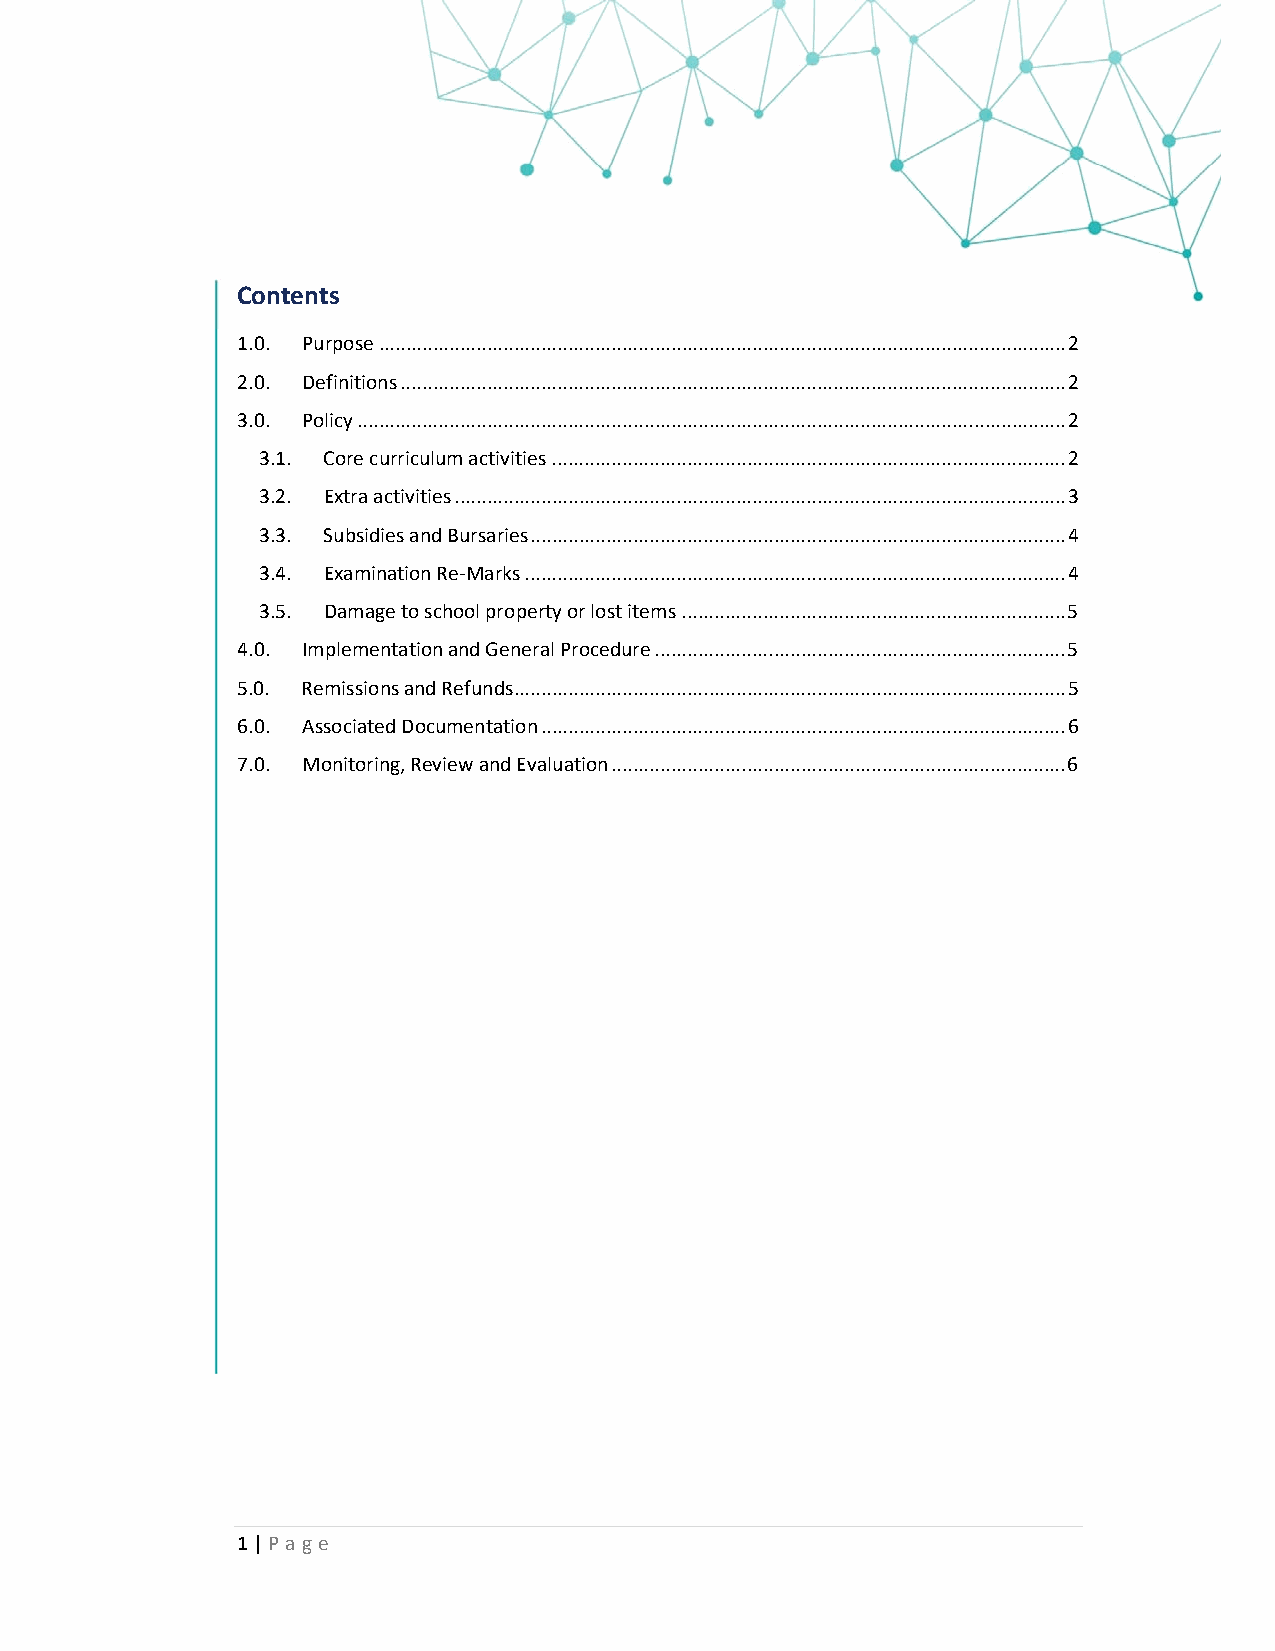
Contents
 1.0. Purpose ............................................................................................................................... 2
 2.0. Definitions ........................................................................................................................... 2
 3.0. Policy ................................................................................................................................... 2
 3.1. Core curriculum activities ............................................................................................... 2
 3.2. Extra activities ................................................................................................................. 3
 3.3. Subsidies and Bursaries ................................................................................................... 4
 3.4. Examination Re‐Marks .................................................................................................... 4
 3.5. Damage to school property or lost items ....................................................................... 5
 4.0. Implementation and General Procedure ............................................................................ 5
 5.0. Remissions and Refunds ...................................................................................................... 5
 6.0. Associated Documentation ................................................................................................. 6
 7.0. Monitoring, Review and Evaluation .................................................................................... 6
 1 | Page